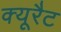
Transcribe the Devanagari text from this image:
क्यूरैट